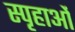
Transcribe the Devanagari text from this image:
स्पृहाओं